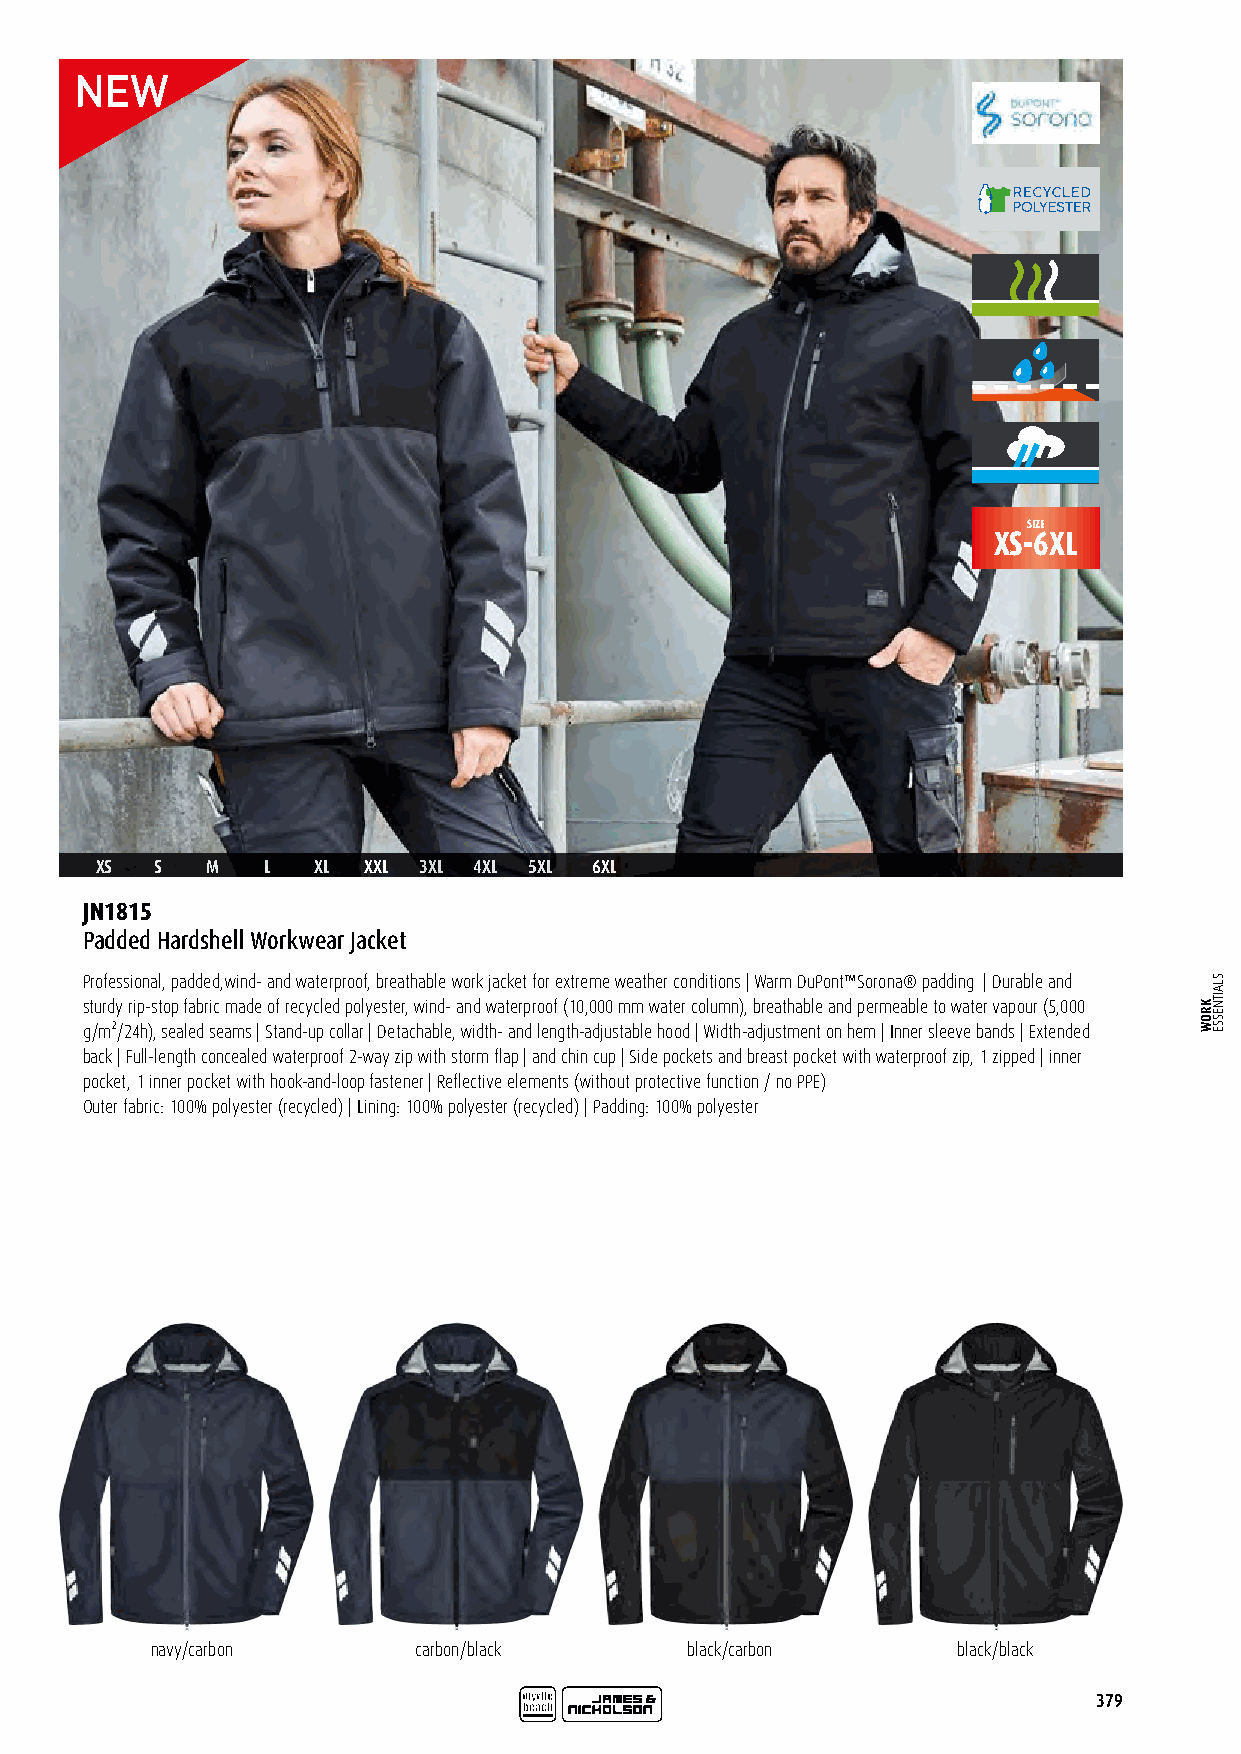
SIZE
 XS-6XL
 XS  S   M   L  XL XXL 3XL 4XL 5XL 6XL
 JN1815
 Padded Hardshell Workwear Jacket
 Professional, padded,wind- and waterproof, breathable work jacket for extreme weather conditions | Warm DuPont™Sorona® padding | Durable and
 sturdy rip-stop fabric made of recycled polyester, wind- and waterproof (10,000 mm water column), breathable and permeable to water vapour (5,000
 g/m²/24h), sealed seams | Stand-up collar | Detachable, width- and length-adjustable hood | Width-adjustment on hem | Inner sleeve bands | Extended
 back | Full-length concealed waterproof 2-way zip with storm flap | and chin cup | Side pockets and breast pocket with waterproof zip, 1 zipped | inner
 pocket, 1 inner pocket with hook-and-loop fastener | Reflective elements (without protective function / no PPE)
 Outer fabric: 100% polyester (recycled) | Lining: 100% polyester (recycled) | Padding: 100% polyester
 navy/carbon      carbon/black      black/carbon      black/black
 379
 KROW
 SLAITNESSE